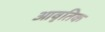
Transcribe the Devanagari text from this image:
आवृतिक